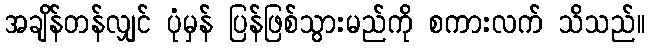
အချိန်တန်လျှင် ပုံမှန် ပြန်ဖြစ်သွားမည်ကို စကားလက် သိသည်။